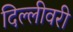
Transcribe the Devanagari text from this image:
दिल्लीवरी